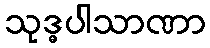
သုဒ္ဓပါသာဏာ